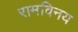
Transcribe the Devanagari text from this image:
रामविनय